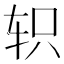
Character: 轵